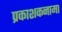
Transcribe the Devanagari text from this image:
प्रकाशकनामा